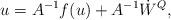
LaTeX: \begin{align*}u=A^{-1}f(u)+A^{-1}\dot{W}^Q,\end{align*}